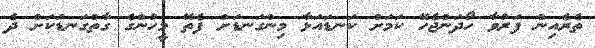
ތެރެއިން ފަރުވާ ހޯދަންޖެހޭ ކަމަށް ކަނޑައަޅާ މިންގަނޑަށް ފެތޭ މީހުންގެ ގާތްގަނޑަކަށް ދެ